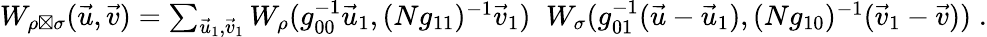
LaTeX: \begin{array}{r}{W_{\rho\boxtimes\sigma}(\vec{u},\vec{v})=\sum_{\vec{u}_{1},\vec{v}_{1}}W_{\rho}(g_{00}^{-1}\vec{u}_{1},(Ng_{11})^{-1}\vec{v}_{1})\; \; W_{\sigma}(g_{01}^{-1}(\vec{u}-\vec{u}_{1}),(Ng_{10})^{-1}(\vec{v}_{1}-\vec{v}))\; .}\end{array}